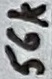
Text: 56k